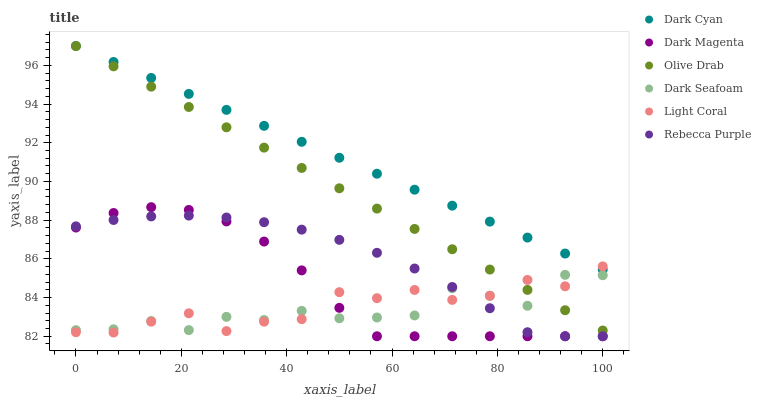
| xaxis_label | Dark Cyan | Dark Magenta | Olive Drab | Dark Seafoam | Light Coral | Rebecca Purple |
 | --- | --- | --- | --- | --- | --- | --- |
 | 0 | 97 | 87.6 | 97 | 82.3 | 82.2 | 87.7 |
 | 7.14 | 96.2 | 88.4 | 95.9 | 82.4 | 82.2 | 88 |
 | 14.3 | 95.3 | 88.7 | 94.9 | 82.8 | 82.8 | 88.2 |
 | 21.4 | 94.5 | 88.5 | 93.8 | 82.3 | 83.2 | 88.2 |
 | 28.6 | 93.7 | 87.9 | 92.8 | 83 | 82.3 | 88.1 |
 | 35.7 | 92.9 | 86.9 | 91.7 | 82.8 | 82.8 | 87.9 |
 | 42.9 | 92 | 85.4 | 90.7 | 83.3 | 82.9 | 87.5 |
 | 50 | 91.2 | 83.5 | 89.6 | 82.9 | 84.3 | 87 |
 | 57.1 | 90.4 | 82 | 88.6 | 83 | 84 | 86.3 |
 | 64.3 | 89.6 | 82 | 87.5 | 83.1 | 84.4 | 85.5 |
 | 71.4 | 88.7 | 82 | 86.5 | 84.5 | 83.9 | 84.5 |
 | 78.6 | 87.9 | 82 | 85.4 | 84.1 | 84.1 | 83.4 |
 | 85.7 | 87.1 | 82 | 84.4 | 83.6 | 84.9 | 82.2 |
 | 92.9 | 86.3 | 82 | 83.3 | 85.2 | 84.6 | 82 |
 | 100 | 85.4 | 82 | 82.3 | 85.2 | 85.6 | 82 |